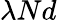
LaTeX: \lambda Nd